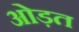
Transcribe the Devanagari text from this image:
ओड़त